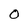
Character: 0